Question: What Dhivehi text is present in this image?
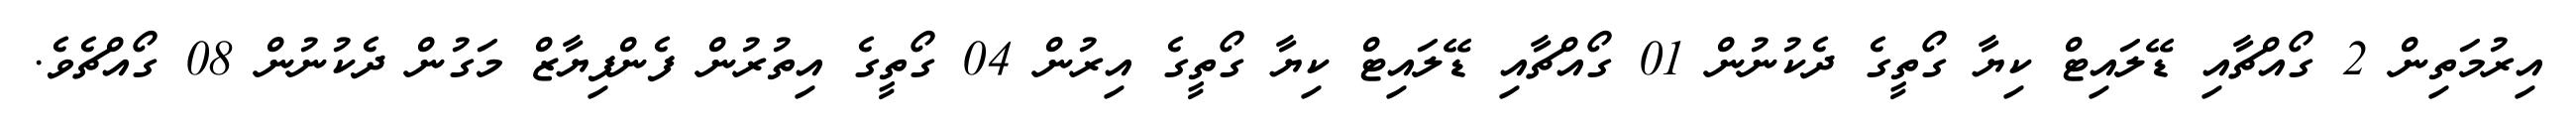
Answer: އިރުމަތިން 2 ގޯއްޗާއި ޑޭލައިޓް ކިޔާ ގޯތީގެ ދެކުނުން 01 ގޯއްޗާއި ޑޭލައިޓް ކިޔާ ގޯތީގެ އިރުން 04 ގޯތީގެ އިތުރުން ފެންފިޔާޒް މަގުން ދެކުނުން 08 ގޯއްޗެވެ.